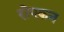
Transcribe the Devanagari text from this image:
रोएकन